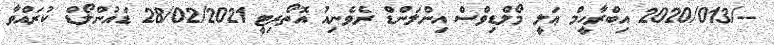
--/2020/013 އިބްރާހީމް ޢަލީ މޯލްޑިވްސް އިންލަންޑް ރެވެނިއު އޮތޯރިޓީ 28/02/2021 ޑައުންލޯޑް ކުރައްވާ